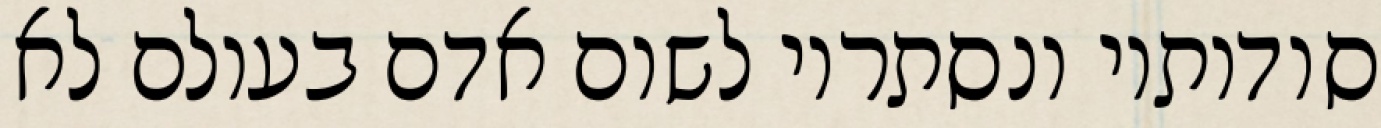
סודותיו ונסתריו לשום אדם בעולם לא